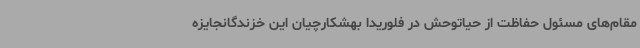
مقام‌های مسئول حفاظت از حیاتوحش در فلوریدا بهشکارچیان این خزندگانجایزه